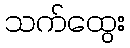
သက်ထွေး